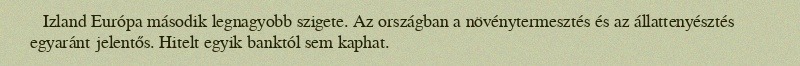
Izland Európa második legnagyobb szigete. Az országban a növénytermesztés és az állattenyésztés egyaránt jelentős. Hitelt egyik banktól sem kaphat.